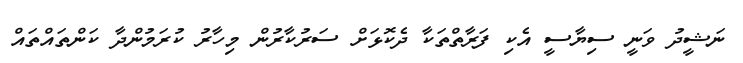
ނަޝީދު ވަނީ ސިޔާސީ އެކި ފަރާތްތަކާ ދެކޮޅަށް ސަރުކާރުން މިހާރު ކުރަމުންދާ ކަންތައްތައް